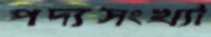
পদ্যসংখ্যা